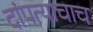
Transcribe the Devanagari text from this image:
दांपत्याचाच